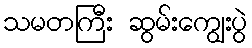
သမတကြီး ဆွမ်းကျွေးပွဲ